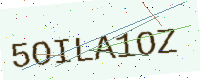
Text: 5OILA1OZ